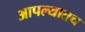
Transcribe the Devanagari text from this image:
आपल्यातच